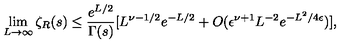
\lim _ { L \to \infty } \zeta _ { R } ( s ) \le { \frac { e ^ { L / 2 } } { \Gamma ( s ) } } [ L ^ { \nu - 1 / 2 } e ^ { - L / 2 } + O ( \epsilon ^ { \nu + 1 } L ^ { - 2 } e ^ { - L ^ { 2 } / 4 \epsilon } ) ] ,